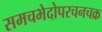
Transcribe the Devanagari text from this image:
समचभेदोपरचनचक्र